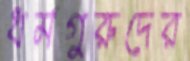
ধর্মগুরুদের